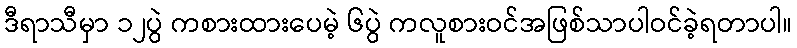
ဒီရာသီမှာ ၁၂ပွဲ ကစားထားပေမဲ့ ၆ပွဲ ကလူစားဝင်အဖြစ်သာပါဝင်ခဲ့ရတာပါ။